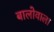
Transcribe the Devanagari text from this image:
बालोवाला